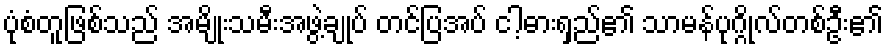
ပုံစံတူဖြစ်သည် အမျိုးသမီးအဖွဲ့ချုပ် တင်ပြအပ် ငါ့ဓားရှည်၏ သာမန်ပုဂ္ဂိုလ်တစ်ဦး၏